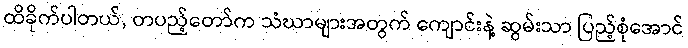
ထိခိုက်ပါတယ်, တပည့်တော်က သံဃာများအတွက် ကျောင်းနဲ့ ဆွမ်းသာ ပြည့်စုံအောင်